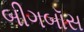
બીગબૉસ